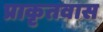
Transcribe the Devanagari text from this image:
प्राकृतवास